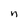
Character: n